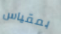
بمقياس